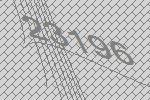
23196